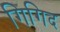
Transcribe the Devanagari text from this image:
गिगिद